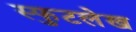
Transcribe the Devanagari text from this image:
स्फुटलेख